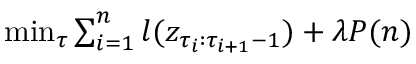
\begin{array} { r } { \operatorname* { m i n } _ { \tau } \sum _ { i = 1 } ^ { n } l ( z _ { \tau _ { i } : \tau _ { i + 1 } - 1 } ) + \lambda P ( n ) } \end{array}